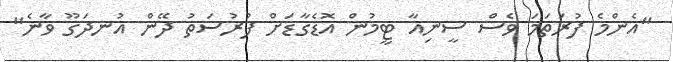
"އެންމެ ފުރަތަމަ ވެސް ސީނިއާ ޓީމުން އޮޑެގާޑަށް ފުރުސަތު ދޭން އުނދަގޫ ވާނެ"